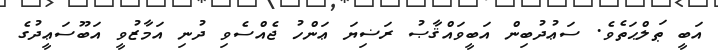
އަބީ ޠަލްޙަތެވެ. ސަޢުދުބިން އަބީވައްޤާޞު ރަޟިޔަ ޢަންހު ޖެއްސެވި ދުނި އަމާޒުވީ އަބޫސަޢީދުގެ